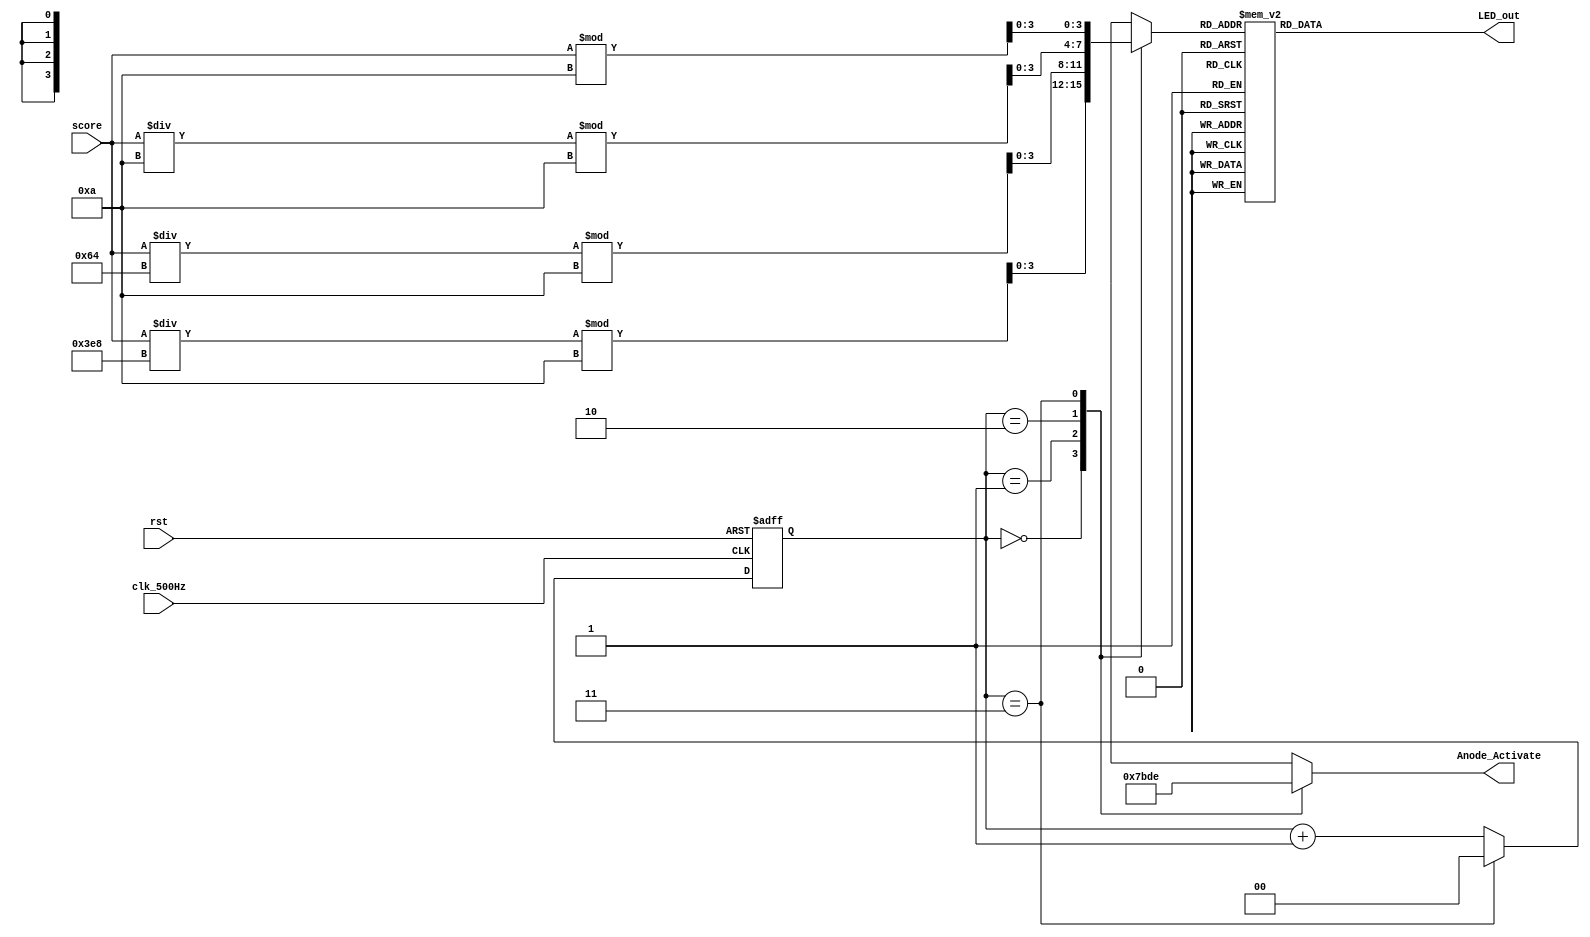
module Seven_segment_LED_Display_Controller(

    //Inputs
    input clk_500Hz, // 500 hz clock
    input [7:0] score,
	 input rst,
    
    //Outputs
    output reg [3:0] Anode_Activate, // anode signals of the 7-segment LED display
    output reg [6:0] LED_out// cathode patterns of the 7-segment LED display
    );
    
    reg [3:0] LED_BCD;
             // the first 2 MSB bits for creating 4 LED-activating signals with 2.6ms digit period
    reg [1:0] LED_activating_counter; 
                 // count     0    ->  1  ->  2  ->  3
              // activates    LED1    LED2   LED3   LED4
             // and repeat

    always @(posedge clk_500Hz or posedge rst)
    begin 
        if(rst==1) begin
            LED_activating_counter <= 2'b00;
        end else begin
				if(LED_activating_counter == 2'b11) begin
					LED_activating_counter <= 2'b00;
				end else begin
					LED_activating_counter <= LED_activating_counter + 1;
				end
			end
    end 
	 
 // anode activating signals for 4 LEDs, digit period of 2.6ms
    // decoder to generate anode signals 
    always @(*)
    begin
        case(LED_activating_counter)
        2'b00: begin
            Anode_Activate = 4'b0111; 
            // activate LED1 and Deactivate LED2, LED3, LED4
            //leftmost LED
            LED_BCD = (score/1000) % 10;
            // the first digit of the 16-bit number
              end
        2'b01: begin
            Anode_Activate = 4'b1011; 
            // activate LED2 and Deactivate LED1, LED3, LED4
            LED_BCD = (score/100) % 10;
            // the second digit of the 16-bit number
              end
        2'b10: begin
            Anode_Activate = 4'b1101; 
            // activate LED3 and Deactivate LED2, LED1, LED4
            LED_BCD = (score/10) % 10;
            // the third digit of the 16-bit number
                end
        2'b11: begin
            Anode_Activate = 4'b1110; 
            // activate LED4 and Deactivate LED2, LED3, LED1
            //rightmost LED
            LED_BCD = score % 10;
            // the fourth digit of the 16-bit number    
               end
        endcase
    end
    // Cathode patterns of the 7-segment LED display 
    always @(*)
    begin		
			 case(LED_BCD)
			  4'b0000: LED_out = 7'b1000000; // "0"  
			  4'b0001: LED_out = 7'b1111001; // "1"	
			  4'b0010: LED_out = 7'b0100100; // "2" 
			  4'b0011: LED_out = 7'b0110000; // "3" 
			  4'b0100: LED_out = 7'b0011001; // "4" 
			  4'b0101: LED_out = 7'b0010010; // "5" 
			  4'b0110: LED_out = 7'b0000010; // "6" 
			  4'b0111: LED_out = 7'b1111000; // "7" 
			  4'b1000: LED_out = 7'b0000000; // "8"     
			  4'b1001: LED_out = 7'b0010000; // "9"
			  default: LED_out = 7'b1000000; // "0"
			  endcase
    end
endmodule